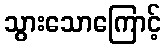
သွားသောကြောင့်